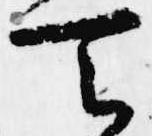
天